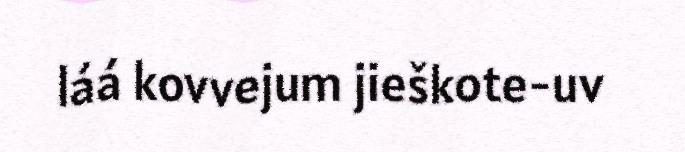
láá kovvejum jieškote-uv